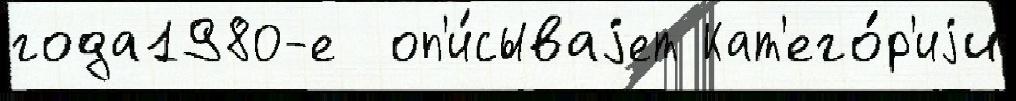
года1980-е  оп'и́сываjет Кат'его́р'иjи